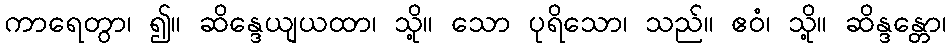
ကာရေတွာ၊ ၍။ ဆိန္ဒေယျယထာ၊ သို့။ သော ပုရိသော၊ သည်။ ဧဝံ၊ သို့။ ဆိန္ဒန္တော၊